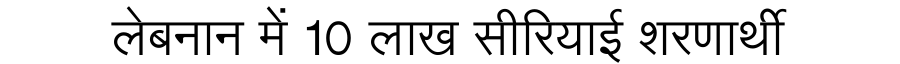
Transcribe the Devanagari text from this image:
लेबनान में 10 लाख सीरियाई शरणार्थी